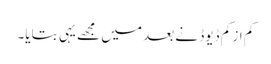
کم از کم ڈیوڈ نے بعد میں مجھے یہی بتایا۔